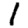
Digit: 1